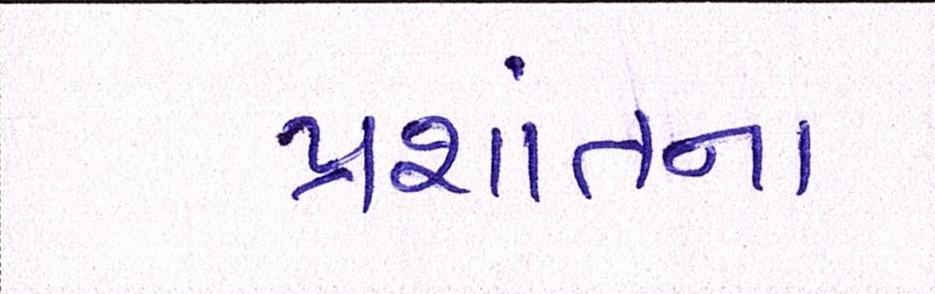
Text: પ્રશાંતના